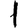
Digit: 1